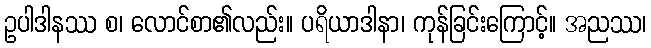
ဥပါဒါနဿ စ၊ လောင်စာ၏လည်း။ ပရိယာဒါနာ၊ ကုန်ခြင်းကြောင့်။ အညဿ၊